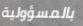
بالمسؤولية